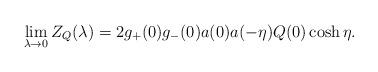
LaTeX: \begin{align*}\lim_{\lambda \rightarrow 0}Z_{Q}(\lambda )=2g_{+}(0)g_{-}(0)a(0)a(-\eta)Q(0)\cosh \eta .\end{align*}